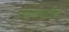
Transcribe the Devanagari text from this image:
रंकाळ्यातील